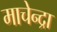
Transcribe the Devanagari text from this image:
माचेन्द्रा